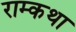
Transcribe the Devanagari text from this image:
राम्कथा